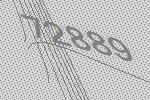
72889